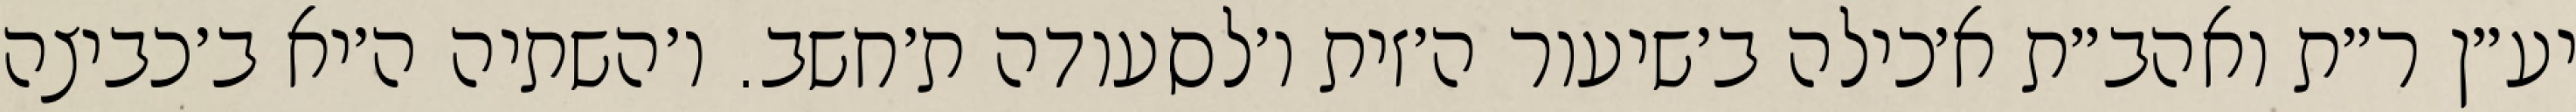
יע״ן ר״ת ואהב״ת א׳כילה ב׳שיעור ה׳זית ו׳לסעודה ת׳חשב. ו׳השתיה ה׳יא ב׳כביצה